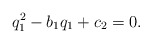
\begin{align*} q_1^2-b_1q_1+c_2=0. \end{align*}